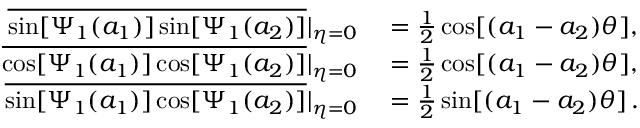
\begin{array} { r l } { \overline { { \sin [ \Psi _ { 1 } ( a _ { 1 } ) ] \sin [ \Psi _ { 1 } ( a _ { 2 } ) ] } } | _ { \eta = 0 } } & { { } = \frac { 1 } { 2 } \cos [ ( a _ { 1 } - a _ { 2 } ) \theta ] , } \\ { \overline { { \cos [ \Psi _ { 1 } ( a _ { 1 } ) ] \cos [ \Psi _ { 1 } ( a _ { 2 } ) ] } } | _ { \eta = 0 } } & { { } = \frac { 1 } { 2 } \cos [ ( a _ { 1 } - a _ { 2 } ) \theta ] , } \\ { \overline { { \sin [ \Psi _ { 1 } ( a _ { 1 } ) ] \cos [ \Psi _ { 1 } ( a _ { 2 } ) ] } } | _ { \eta = 0 } } & { { } = \frac { 1 } { 2 } \sin [ ( a _ { 1 } - a _ { 2 } ) \theta ] \, . } \end{array}